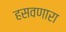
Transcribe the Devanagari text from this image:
हसवणारा